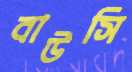
বাউসি